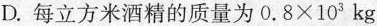
D.每立方米酒精的质量为$$0 . 8 × 1 0 ^ { 3 }$$kg